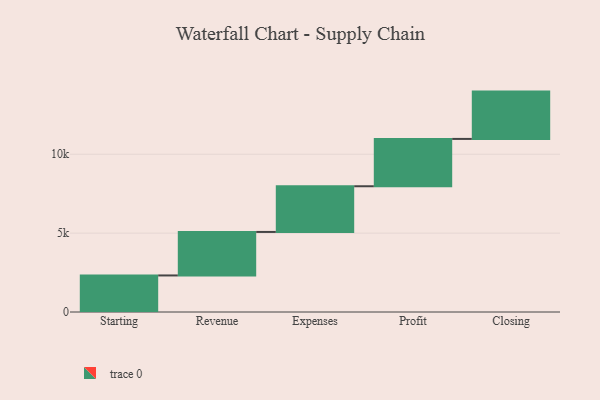
{"axis": {"x": "Step", "y": "Value"}, "legend": [""], "data": [{"x": "Starting", "y": 2317.0, "type": ""}, {"x": "Revenue", "y": 2758.0, "type": ""}, {"x": "Expenses", "y": 2897.0, "type": ""}, {"x": "Profit", "y": 3000, "type": ""}, {"x": "Closing", "y": 3000, "type": ""}]}